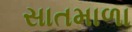
સાતમાળા